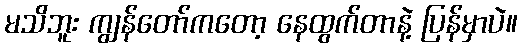
မသိဘူး ကျွန်တော်ကတော့ နေထွက်တာနဲ့ ပြန်မှာပဲ။